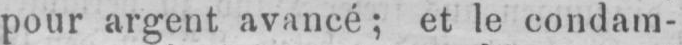
pour argent avancé; et le condam-